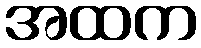
အထက